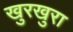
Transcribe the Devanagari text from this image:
खुरखुरा